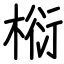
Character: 椼